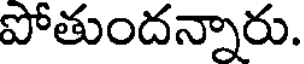
పోతుందన్నారు.